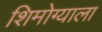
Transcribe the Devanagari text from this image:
शिमोग्याला